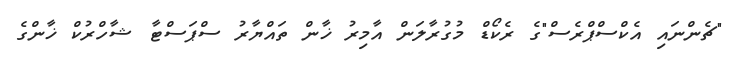
"ޗެންނައި އެކްސްޕްރެސް"ގެ ރެކޯޑް މުގުރާލަން އާމިރު ޚާން ތައްޔާރު ސްޕަސްޓާ ޝާހްރުކް ޚާންގެ